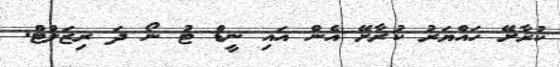
ކުރާށޭ ހައްޔަރު ކުރާށޭ އެން އައި ނީޑް ޓު ނޯ ދަ ރިޒަލްޓް.